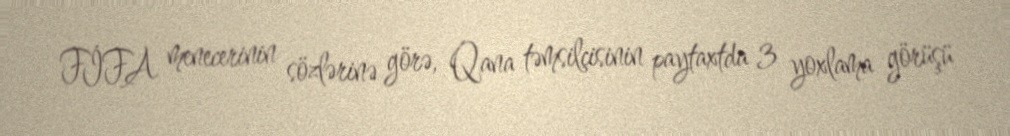
FİFA menecerinin sözlərinə görə, Qana təmsilçisinin paytaxtda 3 yoxlama görüşü